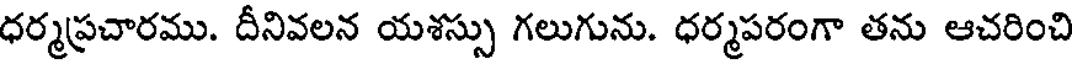
ధర్మప్రచారము. దీనివలన యశస్సు గలుగును. ధర్మపరంగా తను ఆచరించి